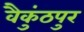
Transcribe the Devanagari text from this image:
वैकुंठपुर